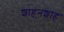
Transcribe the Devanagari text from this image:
शाहनशाह